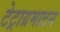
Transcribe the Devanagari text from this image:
टेट्राग्रमाटन